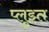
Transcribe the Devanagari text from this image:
प्लुइत